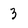
Character: 3